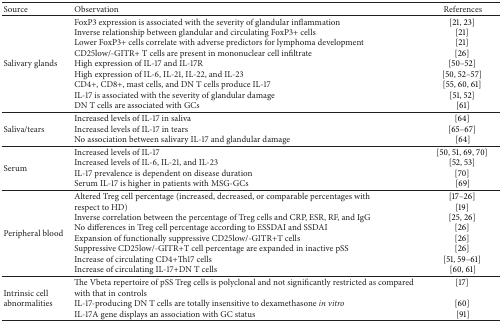
<table><thead><tr><td><b>Source</b></td><td><b>Observation</b></td><td><b>References</b></td></tr></thead><tbody><tr><td>Salivary glands</td><td>FoxP3 expression is associated with the severity of glandular inflammationInverse relationship between glandular and circulating FoxP3+ cellsLower FoxP3+ cells correlate with adverse predictors for lymphoma developmentCD25low/-GITR+ T cells are present in mononuclear cell infiltrate High expression of IL-17 and IL-17R High expression of IL-6, IL-21, IL-22, and IL-23 CD4+, CD8+, mast cells, and DN T cells produce IL-17 IL-17 is associated with the severity of glandular damage DN T cells are associated with GCs</td><td>[21, 23] [21] [21] [26] [50–52] [50, 52–57] [55, 60, 61] [51, 52] [61]</td></tr><tr><td>Saliva/tears</td><td>Increased levels of IL-17 in saliva Increased levels of IL-17 in tears No association between salivary IL-17 and glandular damage</td><td>[64] [65–67] [64]</td></tr><tr><td>Serum</td><td>Increased levels of IL-17 Increased levels of IL-6, IL-21, and IL-23 IL-17 prevalence is dependent on disease duration Serum IL-17 is higher in patients with MSG-GCs</td><td>[50, 51, 69, 70] [52, 53] [70] [69]</td></tr><tr><td>Peripheral blood</td><td>Altered Treg cell percentage (increased, decreased, or comparable percentages with respect to HD) Inverse correlation between the percentage of Treg cells and CRP, ESR, RF, and IgG No differences in Treg cell percentage according to ESSDAI and SSDAI Expansion of functionally suppressive CD25low/-GITR+T cells Suppressive CD25low/-GITR+T cell percentage are expanded in inactive pSS Increase of circulating CD4+Th17 cells Increase of circulating IL-17+DN T cells</td><td>[17–26] [19] [25, 26] [26] [26] [26] [51, 59–61] [60, 61]</td></tr><tr><td>Intrinsic cell abnormalities</td><td>The Vbeta repertoire of pSS Treg cells is polyclonal and not significantly restricted as compared with that in controls IL-17-producing DN T cells are totally insensitive to dexamethasone <i>in vitro</i> IL-17A gene displays an association with GC status</td><td>[17][60] [91]</td></tr></tbody></table>